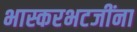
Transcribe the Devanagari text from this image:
भास्करभटजींना